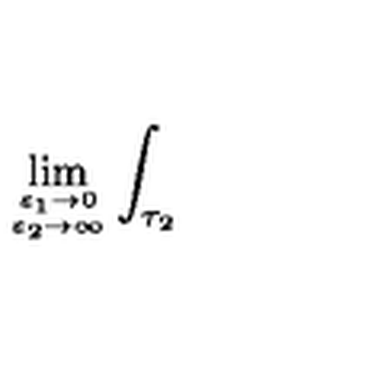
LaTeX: \lim _ { { \varepsilon _ { 1 } \to 0 } \atop { \varepsilon _ { 2 } \to \infty } } \int _ { \tau _ { 2 } }